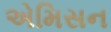
એમિસન